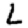
Digit: 2